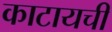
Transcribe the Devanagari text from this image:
काटायची